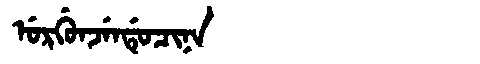
Manchu: ᡠᡵᡤᡠᠨᠵᡝᠨᡩᡠᠴᡳᠨᠠ
Romanization: URGUNJENDUCINA